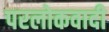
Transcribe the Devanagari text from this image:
परलोकवादी